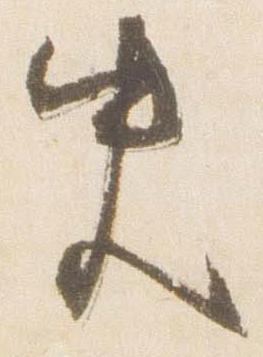
史